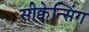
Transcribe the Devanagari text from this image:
सीक्वेन्सिंग